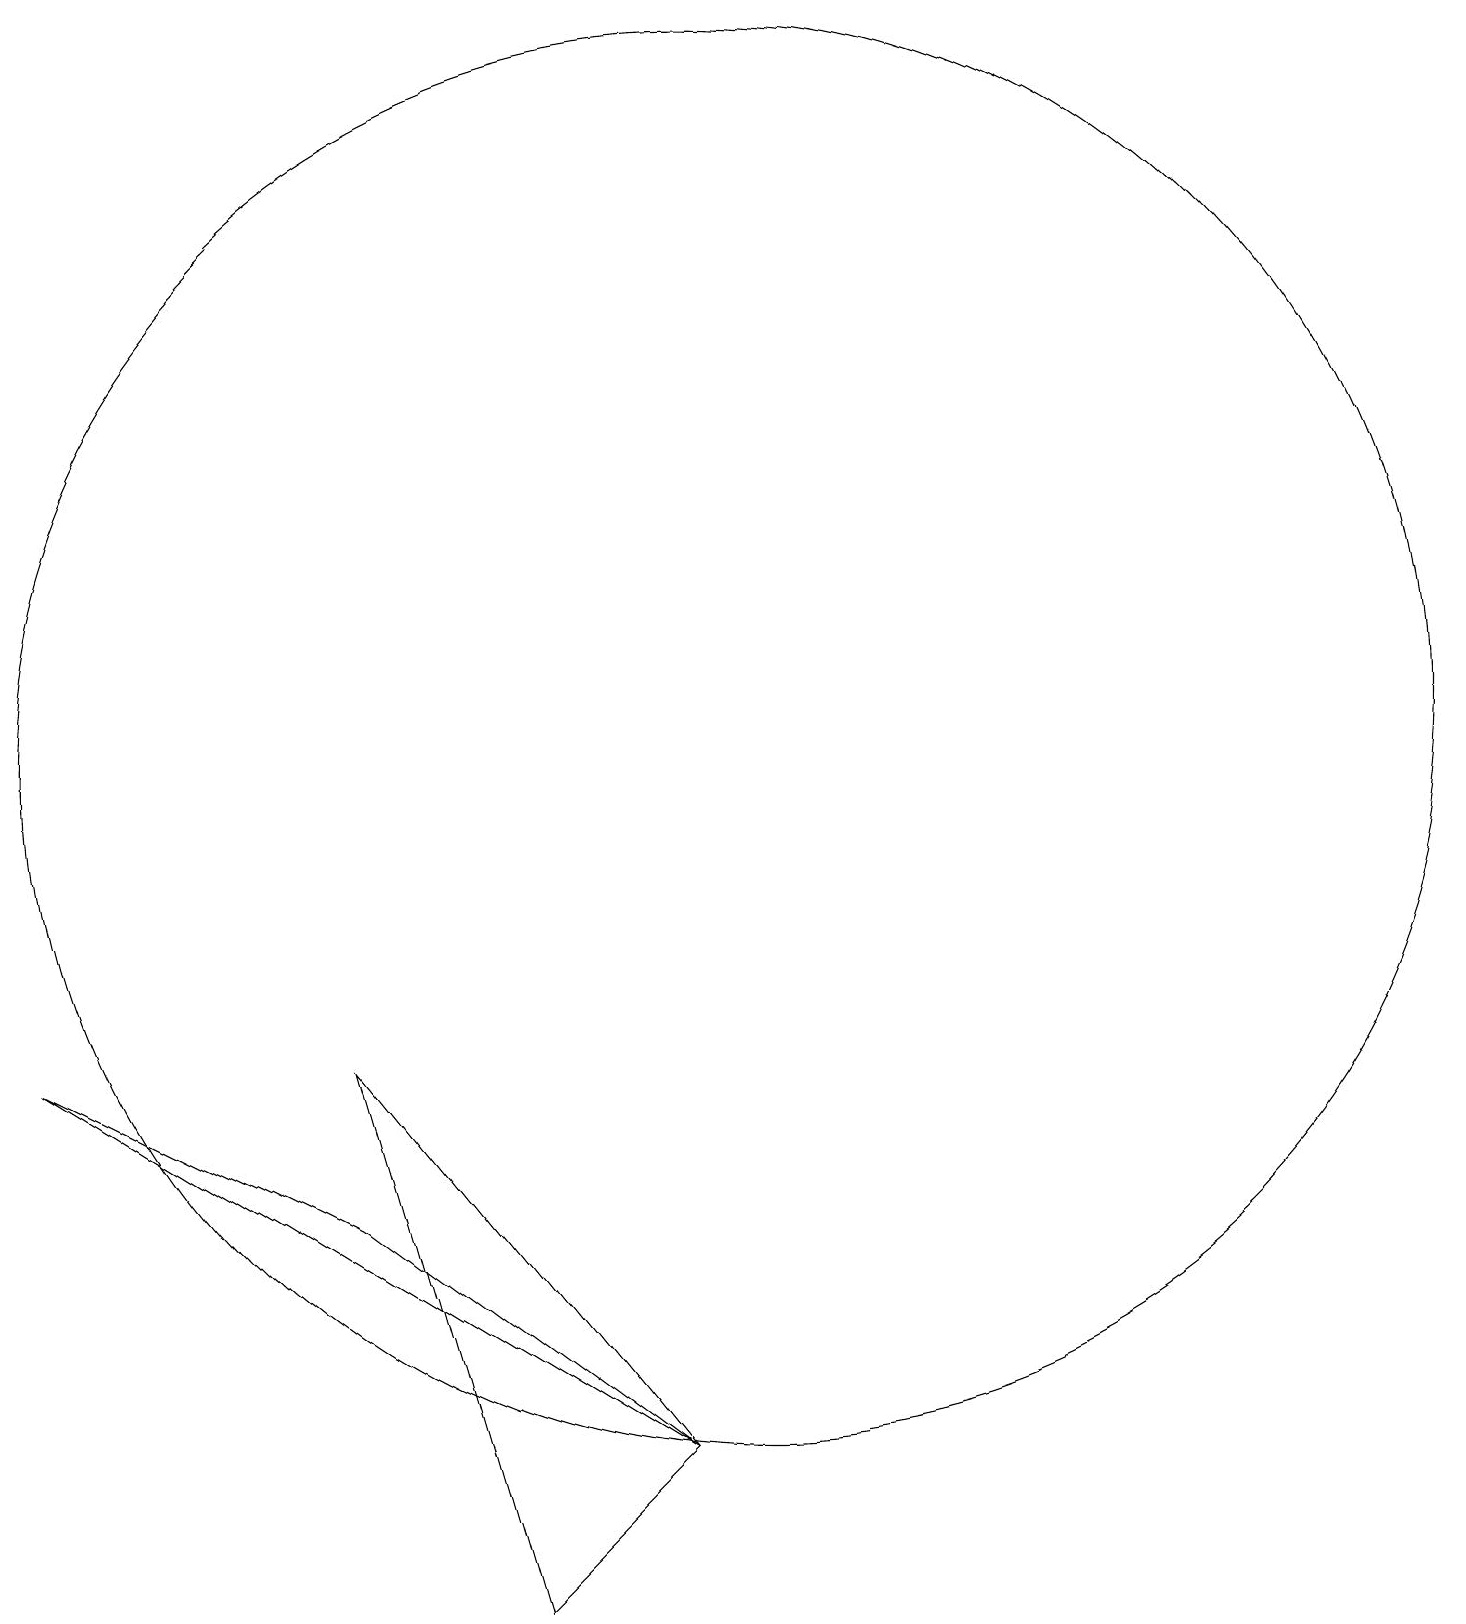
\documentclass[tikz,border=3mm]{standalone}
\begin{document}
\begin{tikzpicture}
\draw (10,11) circle (9);
\draw (5,7) -- (7,0) -- (9,2) -- cycle;
\draw (5,5) -- (1,7) -- (9,2) -- cycle;
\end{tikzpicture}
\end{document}